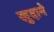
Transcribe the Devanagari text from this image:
खुदाने